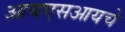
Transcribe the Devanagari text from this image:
आयएसआयचे